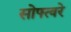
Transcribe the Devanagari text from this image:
सोफ्त्वरे